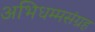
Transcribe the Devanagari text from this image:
अभिधम्मसंग्रह